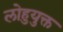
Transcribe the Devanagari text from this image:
लोहुयुक्त